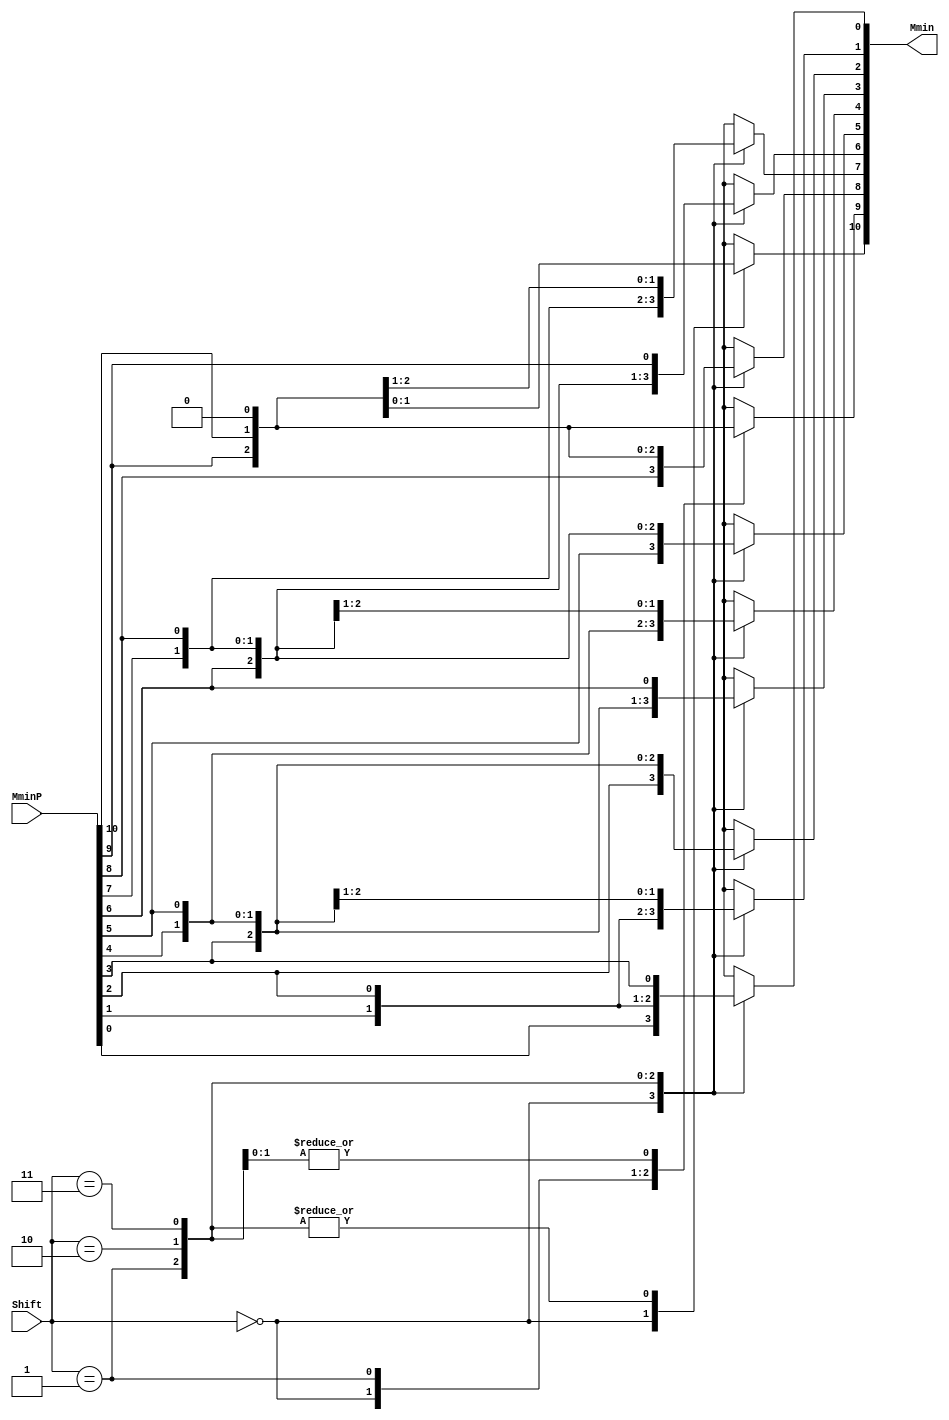
`define EXPONENT 5
`define MANTISSA 10
`define ACTUAL_MANTISSA 11
`define EXPONENT_LSB 10
`define EXPONENT_MSB 14
`define MANTISSA_LSB 0
`define MANTISSA_MSB 9
`define MANTISSA_MUL_SPLIT_LSB 3
`define MANTISSA_MUL_SPLIT_MSB 9
`define SIGN 1
`define SIGN_LOC 15
`define DWIDTH (`SIGN+`EXPONENT+`MANTISSA)
`define IEEE_COMPLIANCE 1

module FPAddSub_AlignShift2(
		MminP,
		Shift,
		Mmin
	);
	
	// Input ports
	input [`MANTISSA:0] MminP ;						// Smaller mantissa after 16|12|8|4 shift
	input [1:0] Shift ;						// Shift amount
	
	// Output ports
	output [`MANTISSA:0] Mmin ;						// The smaller mantissa
	
	// Internal Signal
	reg	  [`MANTISSA:0]		Lvl3;
	wire    [2*`MANTISSA+1:0]    Stage2;	
	integer           j;               // Loop variable
	
	assign Stage2 = {11'b0, MminP};

	always @(*) begin    // Rotate {0 | 1 | 2 | 3} bits
	  case (Shift[1:0])
			// Rotate by 0
			2'b00:  Lvl3 <= Stage2[`MANTISSA:0];   
			// Rotate by 1
			2'b01:  begin for (j=0; j<=`MANTISSA; j=j+1)  begin Lvl3[j] <= Stage2[j+1]; end /*Lvl3[`MANTISSA] <= 0; */end 
			// Rotate by 2
			2'b10:  begin for (j=0; j<=`MANTISSA; j=j+1)  begin Lvl3[j] <= Stage2[j+2]; end /*Lvl3[`MANTISSA:`MANTISSA-1] <= 0;*/ end 
			// Rotate by 3
			2'b11:  begin for (j=0; j<=`MANTISSA; j=j+1)  begin Lvl3[j] <= Stage2[j+3]; end /*Lvl3[`MANTISSA:`MANTISSA-2] <= 0;*/ end 	  
	  endcase
	end
	
	// Assign output
	assign Mmin = Lvl3;						// Take out smaller mantissa				

endmodule